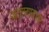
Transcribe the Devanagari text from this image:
डब्लूएमएमआर